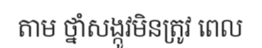
តាម ថ្នាំសង្កូវមិនត្រូវ ពេល